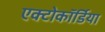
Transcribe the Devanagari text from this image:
एक्टोकॉर्डिया